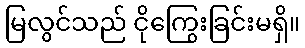
မြလွင်သည် ငိုကြွေးခြင်းမရှိ။